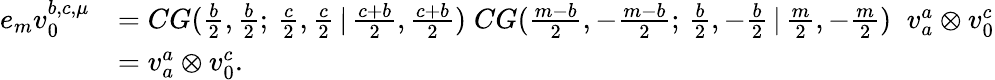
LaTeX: \begin{array}{rl}{e_{m}v_{0}^{b,c,\mu}}&{=CG(\frac{b}{2},\frac{b}{2};\, \frac{c}{2},\frac{c}{2}\, |\, \frac{c+b}{2},\frac{c+b}{2})\; CG(\frac{m-b}{2},-\frac{m-b}{2};\, \frac{b}{2},-\frac{b}{2}\, |\, \frac{m}{2},-\frac{m}{2})\; \; v_{a}^{a}\otimes v_{0}^{c}}\\ &{=v_{a}^{a}\otimes v_{0}^{c}.}\end{array}